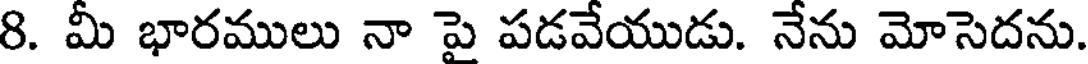
8. మీ భారములు నా పై పడవేయుడు. నేను మోసెదను.